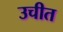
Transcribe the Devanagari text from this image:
उचीत